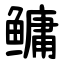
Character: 鳙